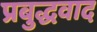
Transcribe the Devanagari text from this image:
प्रबुद्धवाद